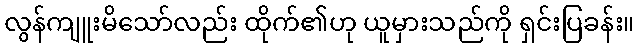
လွန်ကျူးမိသော်လည်း ထိုက်၏ဟု ယူမှားသည်ကို ရှင်းပြခန်း။